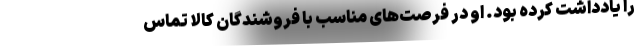
را یادداشت کرده بود. او در فرصت‌های مناسب با فروشندگان کالا تماس